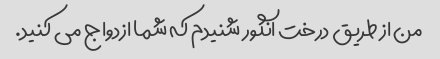
من از طریق درخت انگور شنیدم که شما ازدواج می کنید.